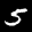
Label: 5